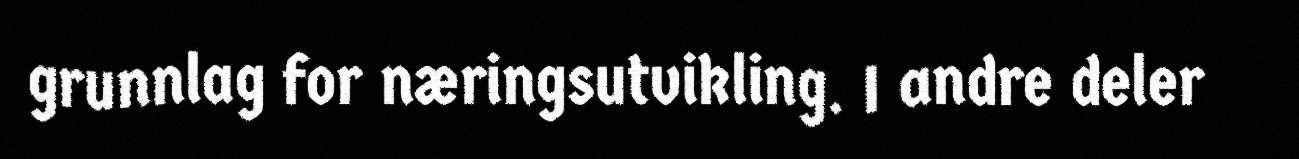
grunnlag for næringsutvikling. I andre deler